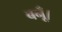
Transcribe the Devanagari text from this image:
बनूँ।